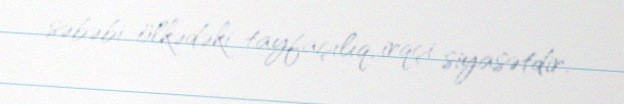
səbəbi ölkədəki tayfaçılıq, irqçi siyasətdir.